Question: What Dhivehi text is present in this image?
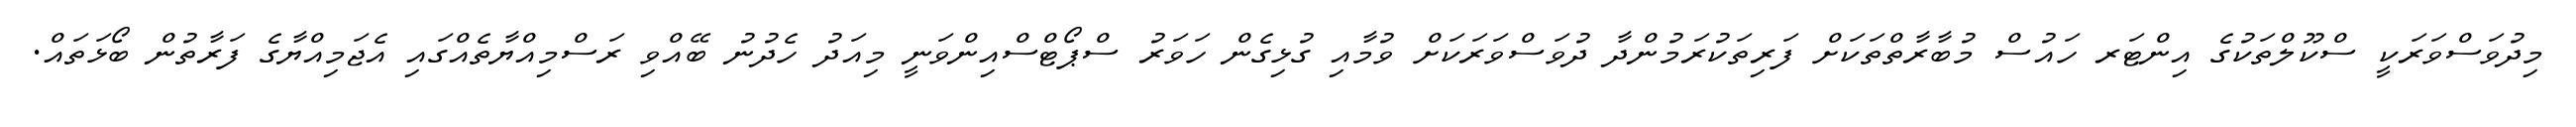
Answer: މިދުވަސްވަރަކީ ސްކޫލްތަކުގެ އިންޓަރ ހައުސް މުބާރާތްތަކަށް ފަރިތަކުރަމުންދާ ދުވަސްވަރަކަށް ވުމާއި ގުޅިގެން ހަވަރު ސްޕޯޓްސްއިންވަނީ މިއަދު ހެދުނު ބޭއްވި ރަސްމިއްޔާތެއްގައި އެޖަމިއްޔާގެ ފަރާތުން ބޯޅަތައް.